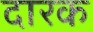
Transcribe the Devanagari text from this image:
दारक